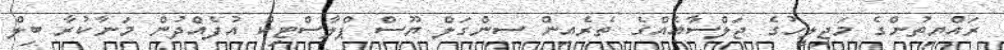
ރައްޔިތުންގެ މަޖިލީހުގެ ޖަލްސާއެއްގެ ތެރެއިން ސިންގަލް ޔޫސް ޕްލާސްޓިކް އުފެއްދުން މަނާކުރާ ބިލް